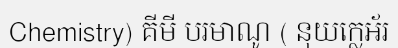
Chemistry) គីមី បរមាណូ ( នុយក្លេអ័រ